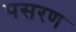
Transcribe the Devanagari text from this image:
पसरण